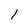
Character: 1